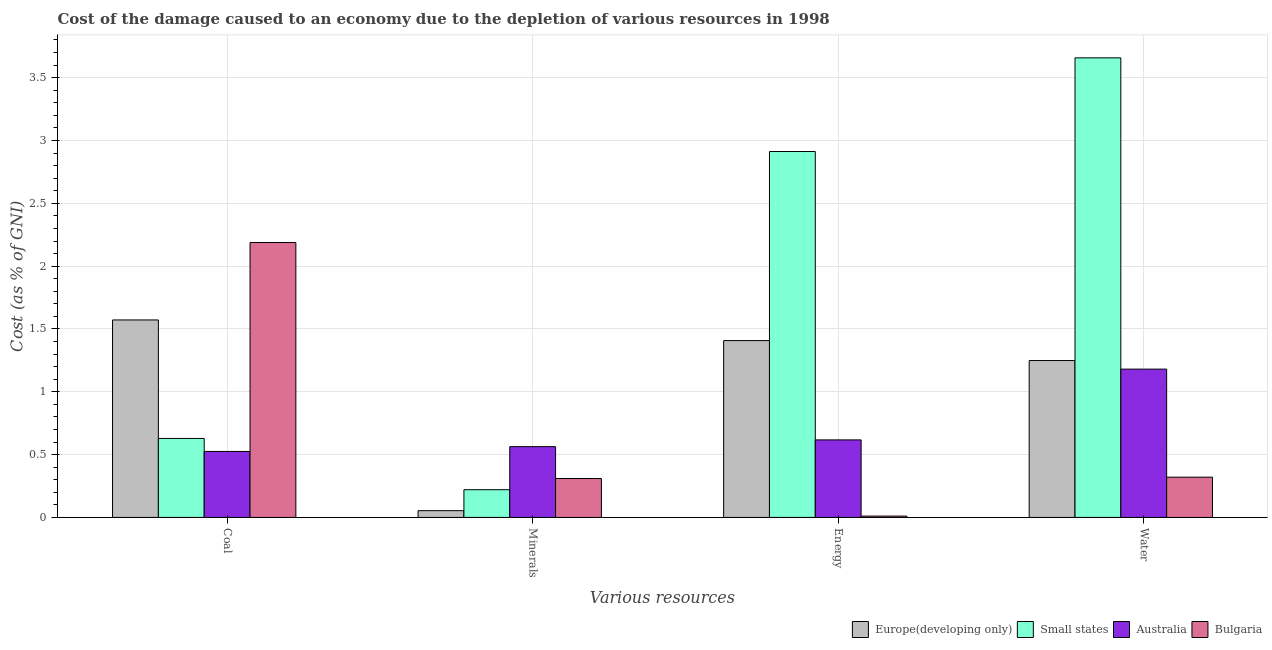
| Various resources | Europe(developing only) | Small states | Australia | Bulgaria |
 | --- | --- | --- | --- | --- |
 | Coal | 1.57 | 0.629 | 0.525 | 2.19 |
 | Minerals | 0.0539 | 0.221 | 0.563 | 0.31 |
 | Energy | 1.41 | 2.91 | 0.617 | 0.0107 |
 | Water | 1.25 | 3.66 | 1.18 | 0.32 |